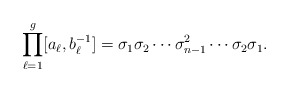
\begin{align*}\prod_{\ell=1}^g [a_\ell, b_\ell^{-1}] = \sigma_1 \sigma_2 \cdots \sigma_{n-1}^2 \cdots \sigma_2 \sigma_1.\end{align*}